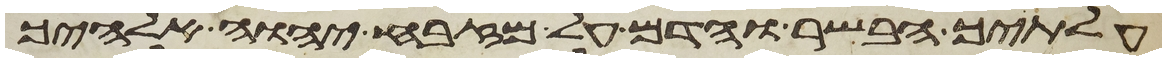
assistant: עלתיך הבשר והדם על מזבח יהוה אלהיך